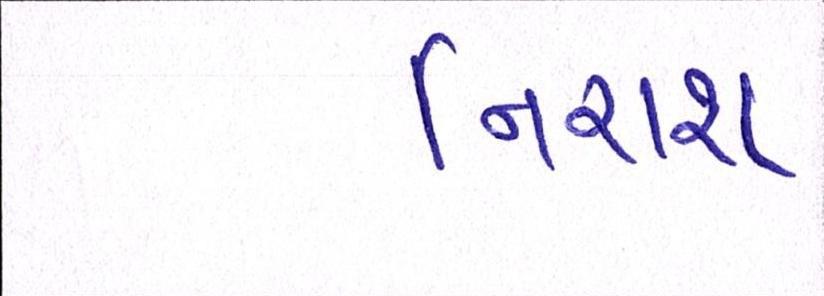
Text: નિરાશ